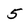
Character: 5